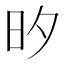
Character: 𭥑